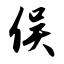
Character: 俣